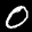
Label: 0